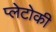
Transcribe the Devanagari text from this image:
प्लेटोकी